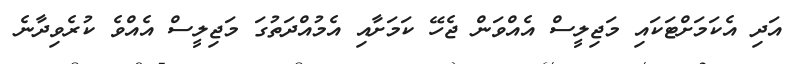
އަދި އެކަމަށްޓަކައި މަޖިލީސް އެއްވަން ޖެހޭ ކަމަށާއި އެމުއްދަތުގަ މަޖިލީސް އެއްވެ ކުރެވިދާނެ